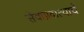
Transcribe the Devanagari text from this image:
सेवाप्रदात्याचे